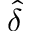
\hat { \delta }